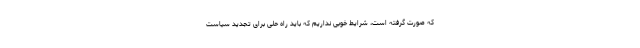
که صورت گرفته است، شرایط خوبی نداریم که باید راه حلی برای تجدید سیاست